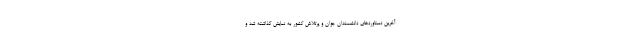
آخرین دستاوردهای دانشمندان جوان و پرتلاش کشور به نمایش گذاشته شد و